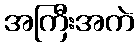
အကြီးအကဲ